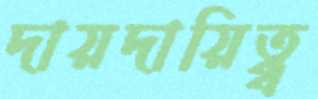
দায়দায়িত্ব্ব